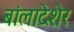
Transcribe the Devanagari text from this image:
बांलादेशेर